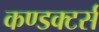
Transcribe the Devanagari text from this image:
कण्डक्टर्स